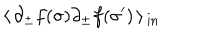
\: \langle \, \partial _ { \pm } f ( \sigma ) \partial _ { \pm } f ( \sigma ^ { \prime } ) \, \rangle \, _ { \mathrm { { i n } } } \: